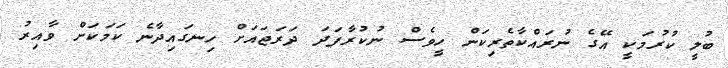
ބުލީ ކުރުމަކީ އޭގެ ނުރައްކާތެރިކަން ހީވެސް ނުކުރާފަދަ ދަރަޖައަށް ހިނގައިދާނެ ކަމަކަށް ވާއިރު